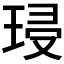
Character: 𭹔